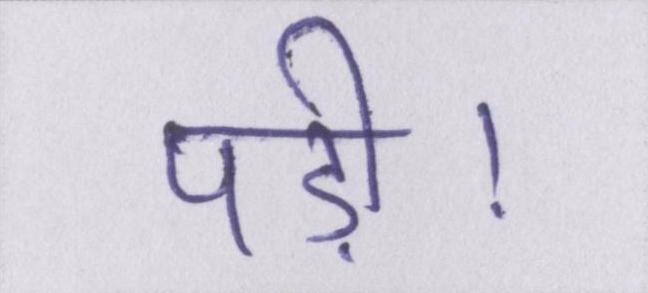
पड़ी।